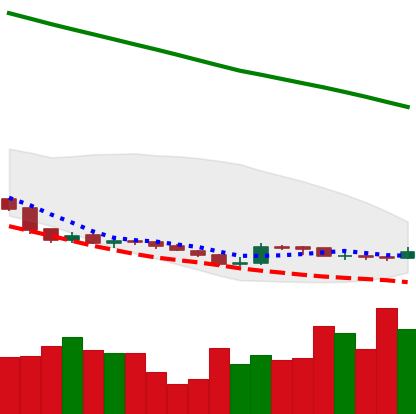
Ticker: XLM-USD
Chart end date: 2019-02-15
Forward return: 15.716%
Label: up_7plus